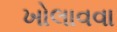
ખોલાવવા